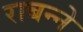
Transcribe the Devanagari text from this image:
राबन्ने